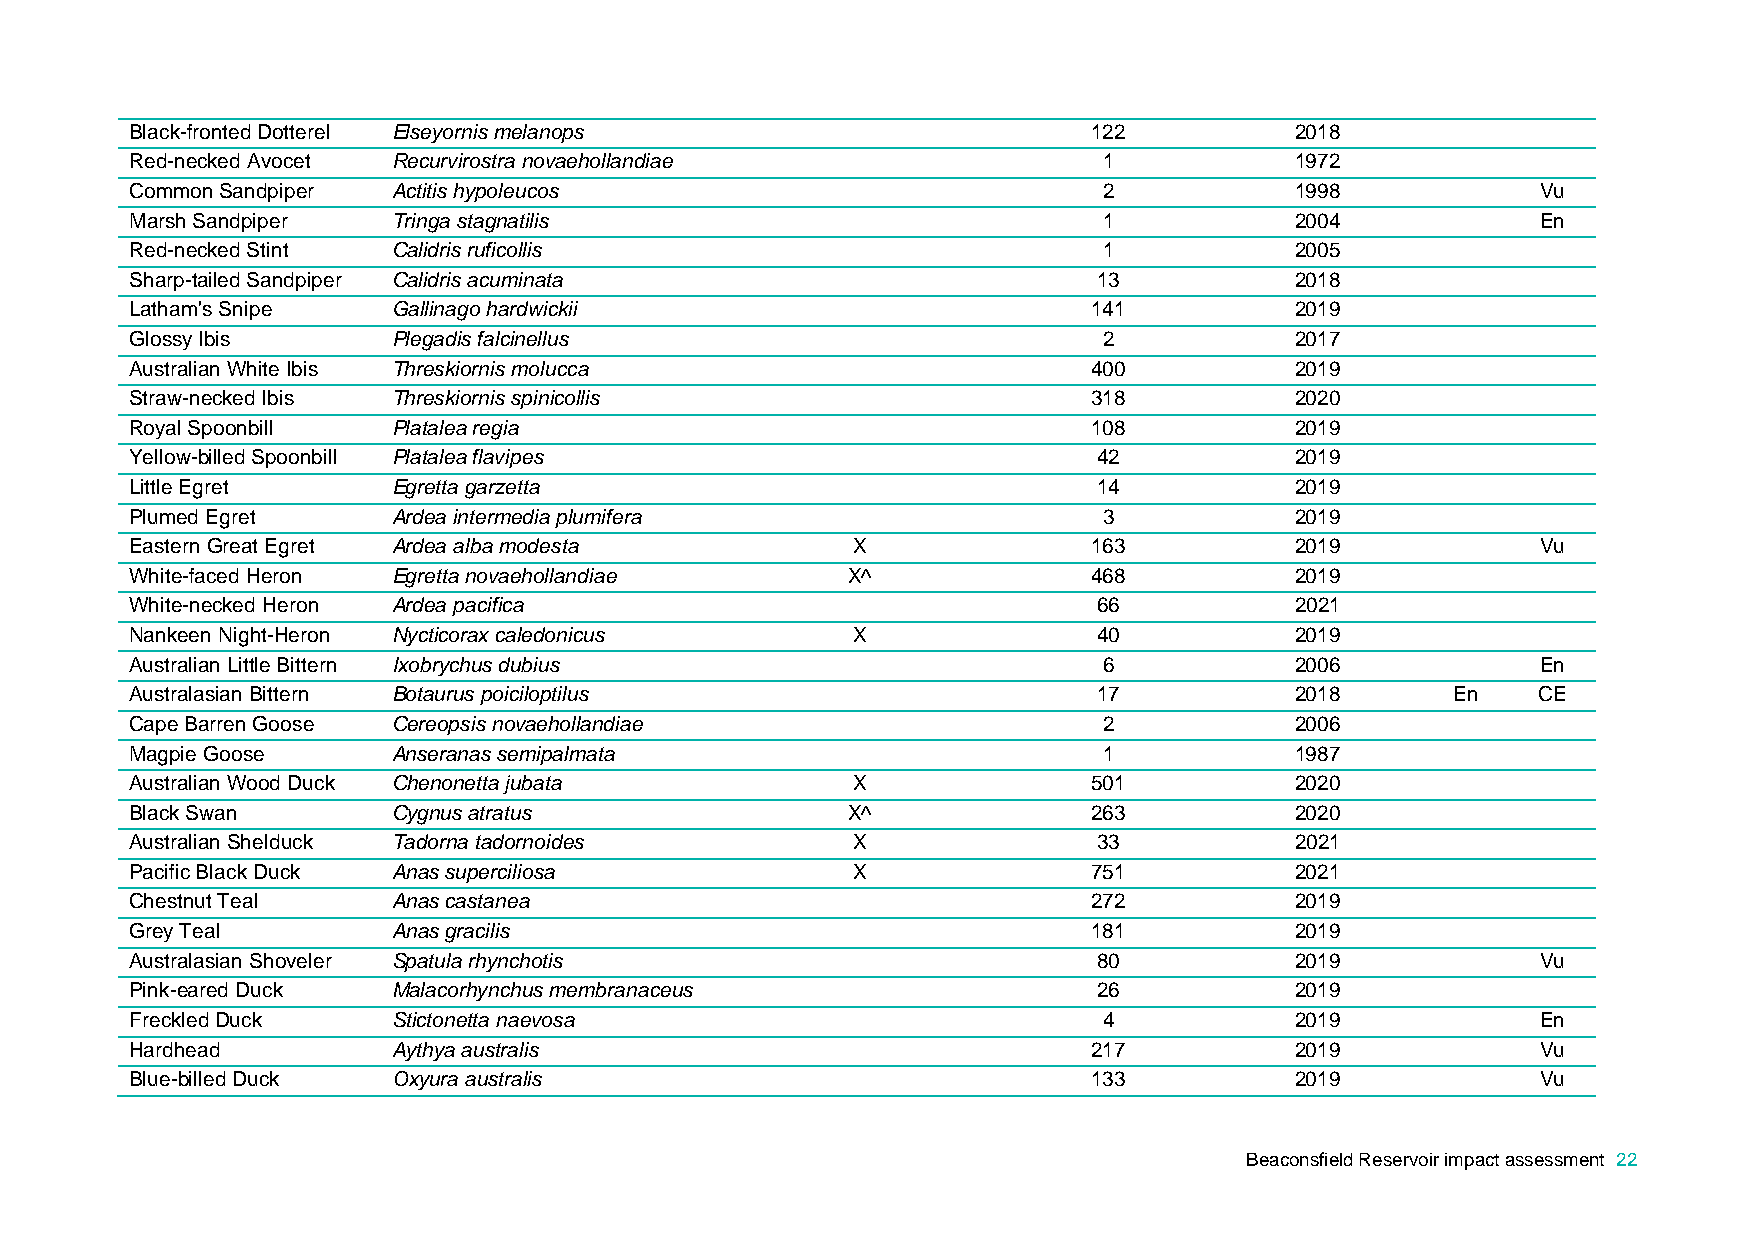
Black-fronted Dotterel Elseyornis melanops                     122           2018
 Red-necked Avocet Recurvirostra novaehollandiae                 1            1972
 Common Sandpiper Actitis hypoleucos                             2            1998            Vu
 Marsh Sandpiper  Tringa stagnatilis                             1            2004            En
 Red-necked Stint Calidris ruficollis                            1            2005
 Sharp-tailed Sandpiper Calidris acuminata                       13           2018
 Latham's Snipe   Gallinago hardwickii                          141           2019
 Glossy Ibis      Plegadis falcinellus                           2            2017
 Australian White Ibis Threskiornis molucca                     400           2019
 Straw-necked Ibis Threskiornis spinicollis                     318           2020
 Royal Spoonbill  Platalea regia                                108           2019
 Yellow-billed Spoonbill Platalea flavipes                       42           2019
 Little Egret     Egretta garzetta                               14           2019
 Plumed Egret     Ardea intermedia plumifera                     3            2019
 Eastern Great Egret Ardea alba modesta         X               163           2019            Vu
 White-faced Heron Egretta novaehollandiae      X^              468           2019
 White-necked Heron Ardea pacifica                               66           2021
 Nankeen Night-Heron Nycticorax caledonicus     X                40           2019
 Australian Little Bittern Ixobrychus dubius                     6            2006            En
 Australasian Bittern Botaurus poiciloptilus                     17           2018      En    CE
 Cape Barren Goose Cereopsis novaehollandiae                     2            2006
 Magpie Goose     Anseranas semipalmata                          1            1987
 Australian Wood Duck Chenonetta jubata         X               501           2020
 Black Swan       Cygnus atratus                X^              263           2020
 Australian Shelduck Tadorna tadornoides        X                33           2021
 Pacific Black Duck Anas superciliosa           X               751           2021
 Chestnut Teal    Anas castanea                                 272           2019
 Grey Teal        Anas gracilis                                 181           2019
 Australasian Shoveler Spatula rhynchotis                        80           2019            Vu
 Pink-eared Duck  Malacorhynchus membranaceus                    26           2019
 Freckled Duck    Stictonetta naevosa                            4            2019            En
 Hardhead         Aythya australis                              217           2019            Vu
 Blue-billed Duck Oxyura australis                              133           2019            Vu
 Beaconsfield Reservoir impact assessment 22